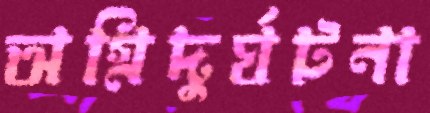
অগ্নিদুর্ঘটনা